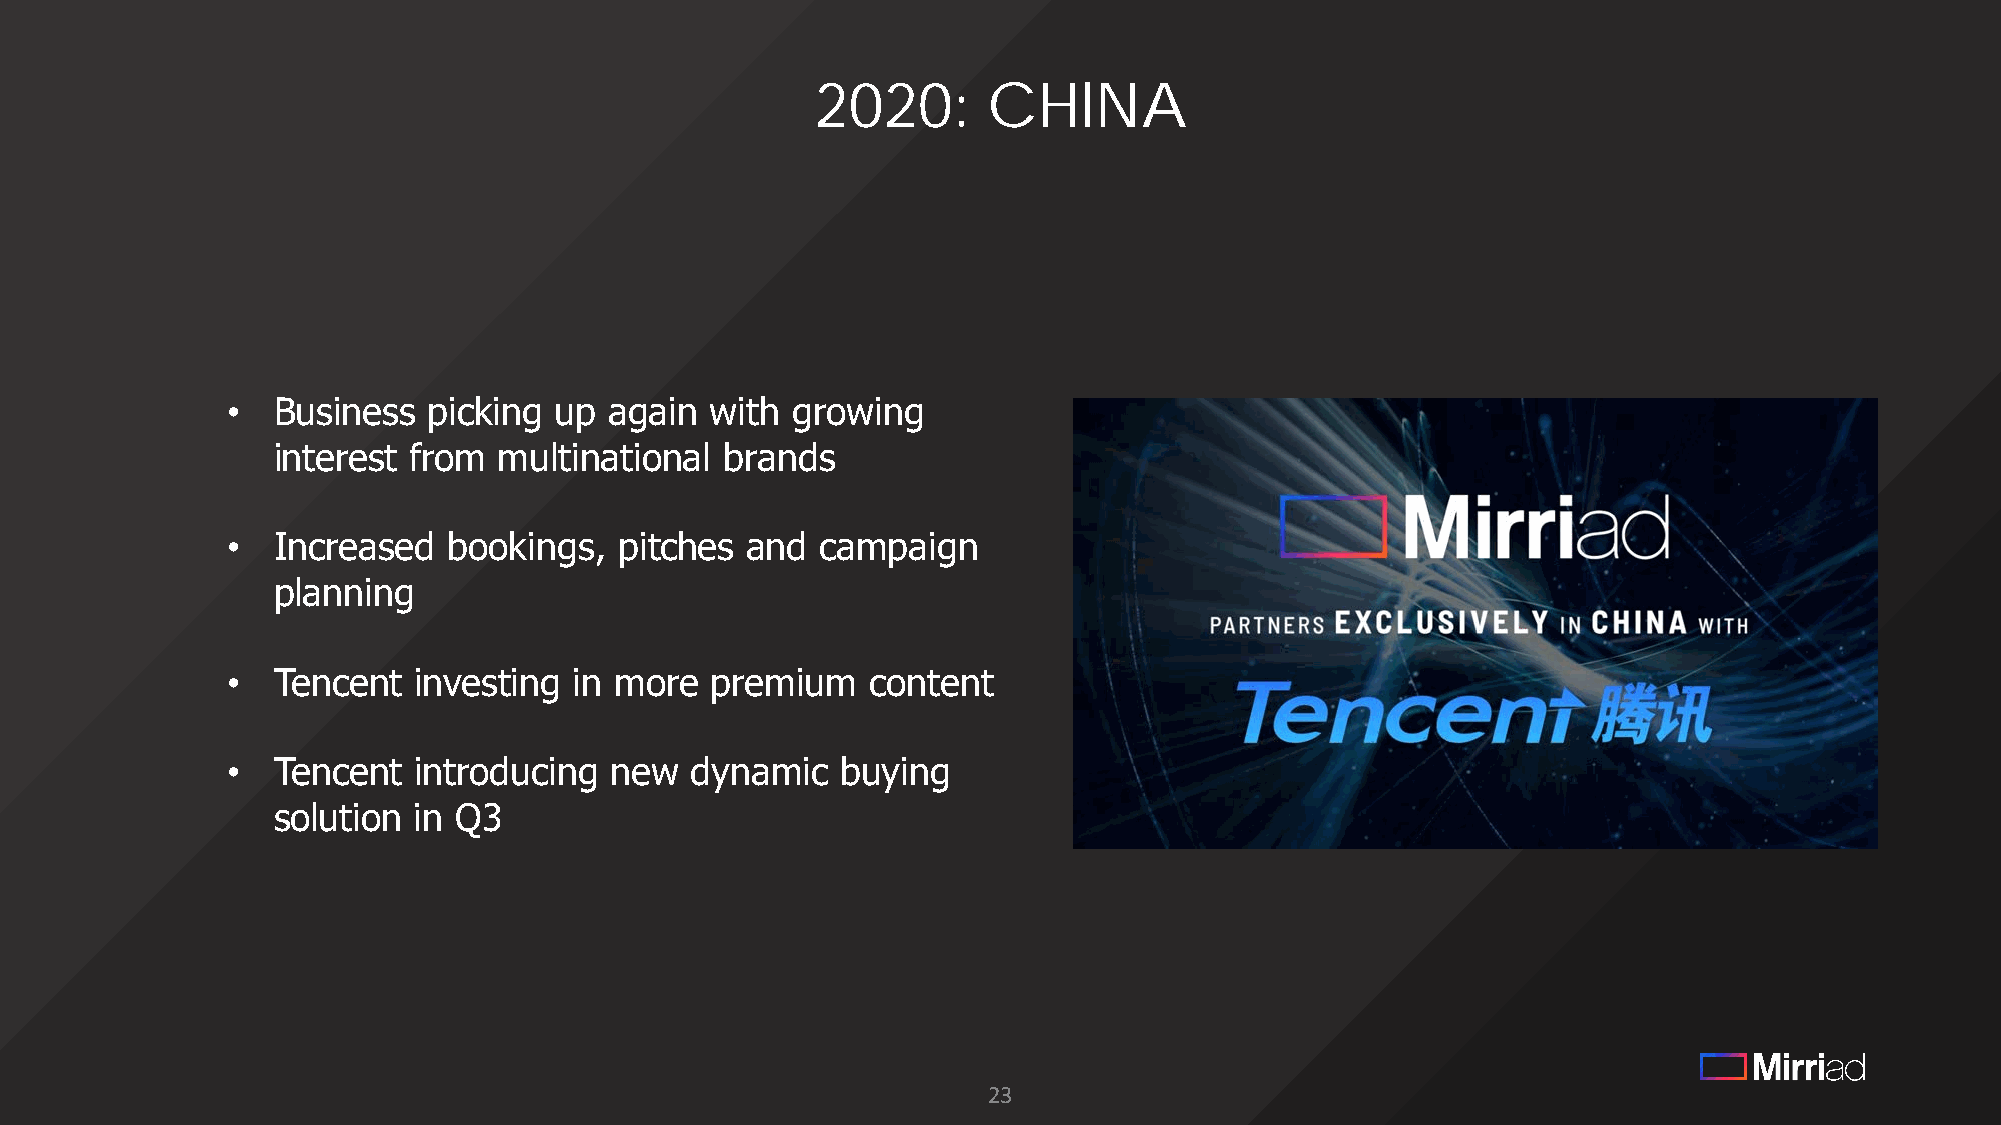
2020:      CHINA
 •  Business  picking  up again  with growing
 interest from  multinational  brands
 •  Increased   bookings,  pitches and  campaign
 planning
 •  Tencent  investing  in more  premium    content
 •  Tencent  introducing  new   dynamic   buying
 solution in Q3
 23